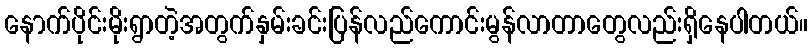
နောက်ပိုင်းမိုးရွာတဲ့အတွက်နှမ်းခင်းပြန်လည်ကောင်းမွန်လာတာတွေလည်းရှိနေပါတယ်။